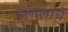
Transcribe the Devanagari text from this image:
दलालांचे